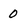
Character: 0